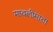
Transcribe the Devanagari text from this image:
मावलीमाता